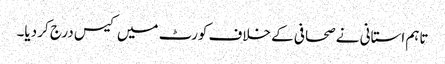
تاہم استانی نے صحافی کے خلاف کورٹ میں کیس درج کر دیا۔